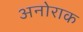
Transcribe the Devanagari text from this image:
अनोराक